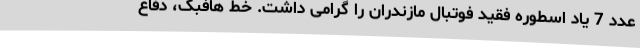
عدد 7 یاد اسطوره فقید فوتبال مازندران را گرامی داشت. خط هافبک، دفاع